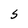
Character: S